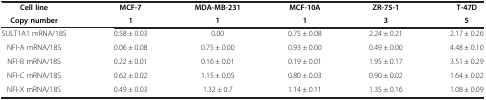
<table><thead><tr><td><b>Cell line</b></td><td><b>MCF-7</b></td><td><b>MDA-MB-231</b></td><td><b>MCF-10A</b></td><td><b>ZR-75-1</b></td><td><b>T-47D</b></td></tr><tr><td><b>Copy number</b></td><td><b>1</b></td><td><b>1</b></td><td><b>1</b></td><td><b>3</b></td><td><b>5</b></td></tr></thead><tbody><tr><td>SULT1A1 mRNA/18S</td><td>0.58 ± 0.03</td><td>0.00</td><td>0.75 ± 0.08</td><td>2.24 ± 0.21</td><td>2.17 ± 0.26</td></tr><tr><td>NFI-A mRNA/18S</td><td>0.06 ± 0.08</td><td>0.75 ± 0.00</td><td>0.93 ± 0.00</td><td>0.49 ± 0.00</td><td>4.48 ± 0.10</td></tr><tr><td>NFI-B mRNA/18S</td><td>0.22 ± 0.01</td><td>0.16 ± 0.01</td><td>0.19 ± 0.01</td><td>1.95 ± 0.17</td><td>3.51 ± 0.29</td></tr><tr><td>NFI-C mRNA/18S</td><td>0.62 ± 0.02</td><td>1.15 ± 0.05</td><td>0.80 ± 0.03</td><td>0.90 ± 0.02</td><td>1.64 ± 0.02</td></tr><tr><td>NFI-X mRNA/18S</td><td>0.49 ± 0.03</td><td>1.32 ± 0.7</td><td>1.14 ± 0.11</td><td>1.35 ± 0.16</td><td>1.08 ± 0.09</td></tr></tbody></table>